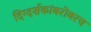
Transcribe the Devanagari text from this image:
दिग्दर्शकांबरोबरच